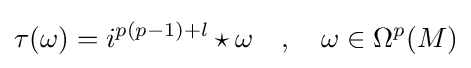
\tau (\omega )=i^{p(p-1)+l}\star \omega \quad ,\quad \omega \in \Omega ^{p}(M)